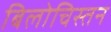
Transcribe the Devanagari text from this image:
बिलोचिस्तन